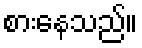
စားနေသည်။